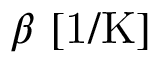
\beta \ [ \mathrm { 1 / K } ]